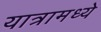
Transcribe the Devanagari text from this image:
यात्रामध्ये